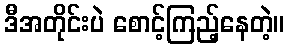
ဒီအတိုင်းပဲ စောင့်ကြည့်နေတဲ့။